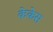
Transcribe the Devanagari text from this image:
केकेस